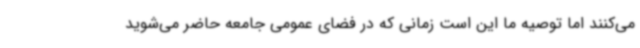
می‌کنند اما توصیه ما این است زمانی که در فضای عمومی جامعه حاضر می‌شوید